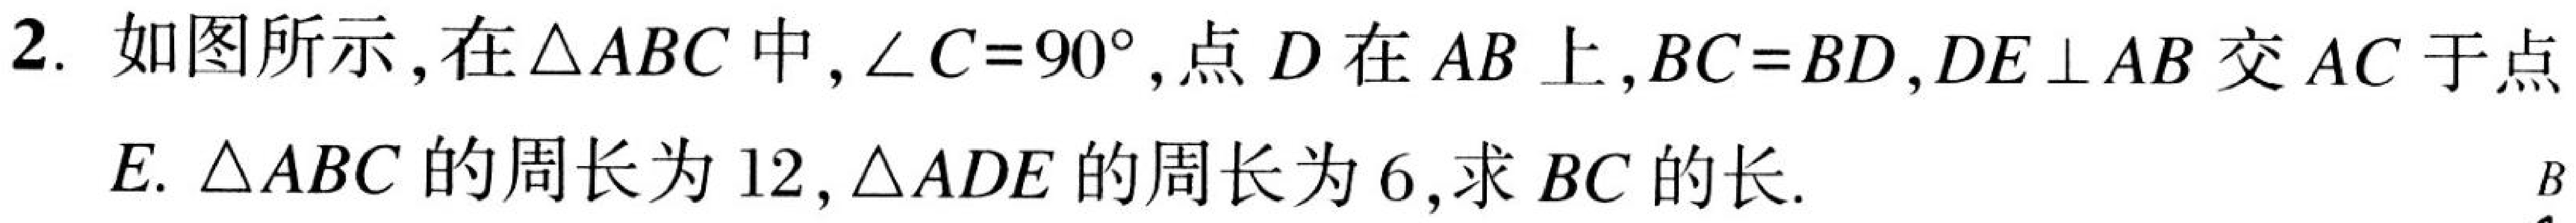
2. 如图所示,在\(\triangle ABC\)中,\(\angle C = 90^{\circ}\),点\(D\)在\(AB\)上,\(BC = BD\),\(DE\perp AB\)交\(AC\)于点
\(E\). \(\triangle ABC\)的周长为\(12\),\(\triangle ADE\)的周长为\(6\),求\(BC\)的长.